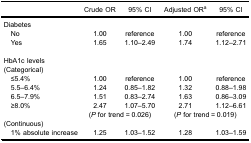
|  | Crude OR | 95% CI | Adjusted ORa | 95% CI |
 | --- | --- | --- | --- | --- |
 | <COLSPAN=5> Diabetes |
 | No | 1.00 | reference | 1.00 | reference |
 | Yes | 1.65 | 1.10–2.49 | 1.74 | 1.12–2.71 |
 | <COLSPAN=5>  |
 | <COLSPAN=5> HbA1c levels(Categorical) |
 | ≤5.4% | 1.00 | reference | 1.00 | reference |
 | 5.5–6.4% | 1.24 | 0.85–1.82 | 1.32 | 0.88–1.98 |
 | 6.5–7.9% | 1.51 | 0.83–2.74 | 1.63 | 0.86–3.09 |
 | ≥8.0% | 2.47 | 1.07–5.70 | 2.71 | 1.12–6.61 |
 |  | <COLSPAN=2> (P for trend = 0.026) | <COLSPAN=2> (P for trend = 0.019) |
 | <COLSPAN=5> (Continuous) |
 | 1% absolute increase | 1.25 | 1.03–1.52 | 1.28 | 1.03–1.59 |